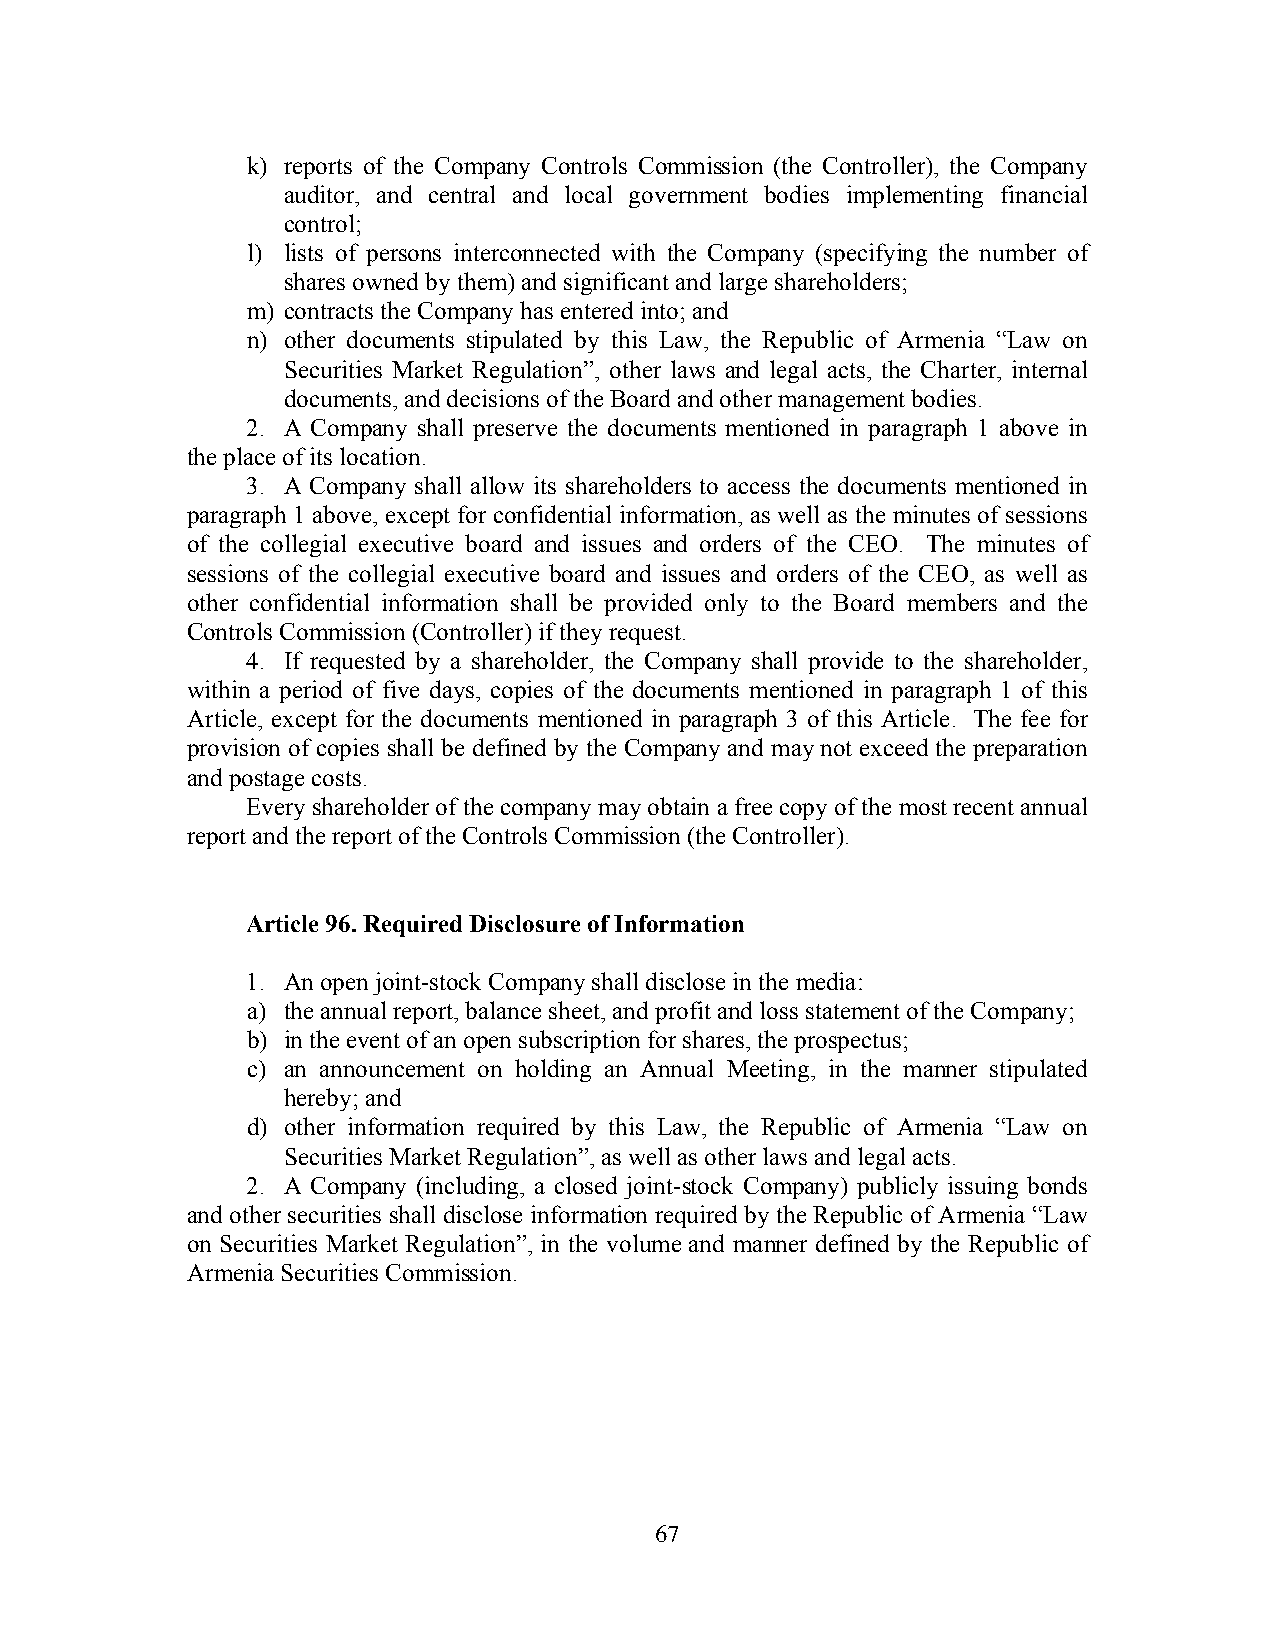
k) reports of the Company Controls Commission (the Controller), the Company
 auditor, and central and local government bodies implementing financial
 control;
 l) lists of persons interconnected with the Company (specifying the number of
 shares owned by them) and significant and large shareholders;
 m) contracts the Company has entered into; and
 n) other documents stipulated by this Law, the Republic of Armenia “Law on
 Securities Market Regulation”, other laws and legal acts, the Charter, internal
 documents, and decisions of the Board and other management bodies.
 2. A Company shall preserve the documents mentioned in paragraph 1 above in
 the place of its location.
 3. A Company shall allow its shareholders to access the documents mentioned in
 paragraph 1 above, except for confidential information, as well as the minutes of sessions
 of the collegial executive board and issues and orders of the CEO. The minutes of
 sessions of the collegial executive board and issues and orders of the CEO, as well as
 other confidential information shall be provided only to the Board members and the
 Controls Commission (Controller) if they request.
 4. If requested by a shareholder, the Company shall provide to the shareholder,
 within a period of five days, copies of the documents mentioned in paragraph 1 of this
 Article, except for the documents mentioned in paragraph 3 of this Article. The fee for
 provision of copies shall be defined by the Company and may not exceed the preparation
 and postage costs.
 Every shareholder of the company may obtain a free copy of the most recent annual
 report and the report of the Controls Commission (the Controller).
 Article 96. Required Disclosure of Information
 1. An open joint-stock Company shall disclose in the media:
 a) the annual report, balance sheet, and profit and loss statement of the Company;
 b) in the event of an open subscription for shares, the prospectus;
 c) an announcement on holding an Annual Meeting, in the manner stipulated
 hereby; and
 d) other information required by this Law, the Republic of Armenia “Law on
 Securities Market Regulation”, as well as other laws and legal acts.
 2. A Company (including, a closed joint-stock Company) publicly issuing bonds
 and other securities shall disclose information required by the Republic of Armenia “Law
 on Securities Market Regulation”, in the volume and manner defined by the Republic of
 Armenia Securities Commission.
 67